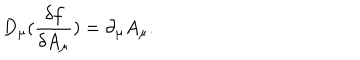
LaTeX: D _ { \mu } ( \frac { \delta f } { \delta A _ { \mu } } ) = \partial _ { \mu } A _ { \mu } .